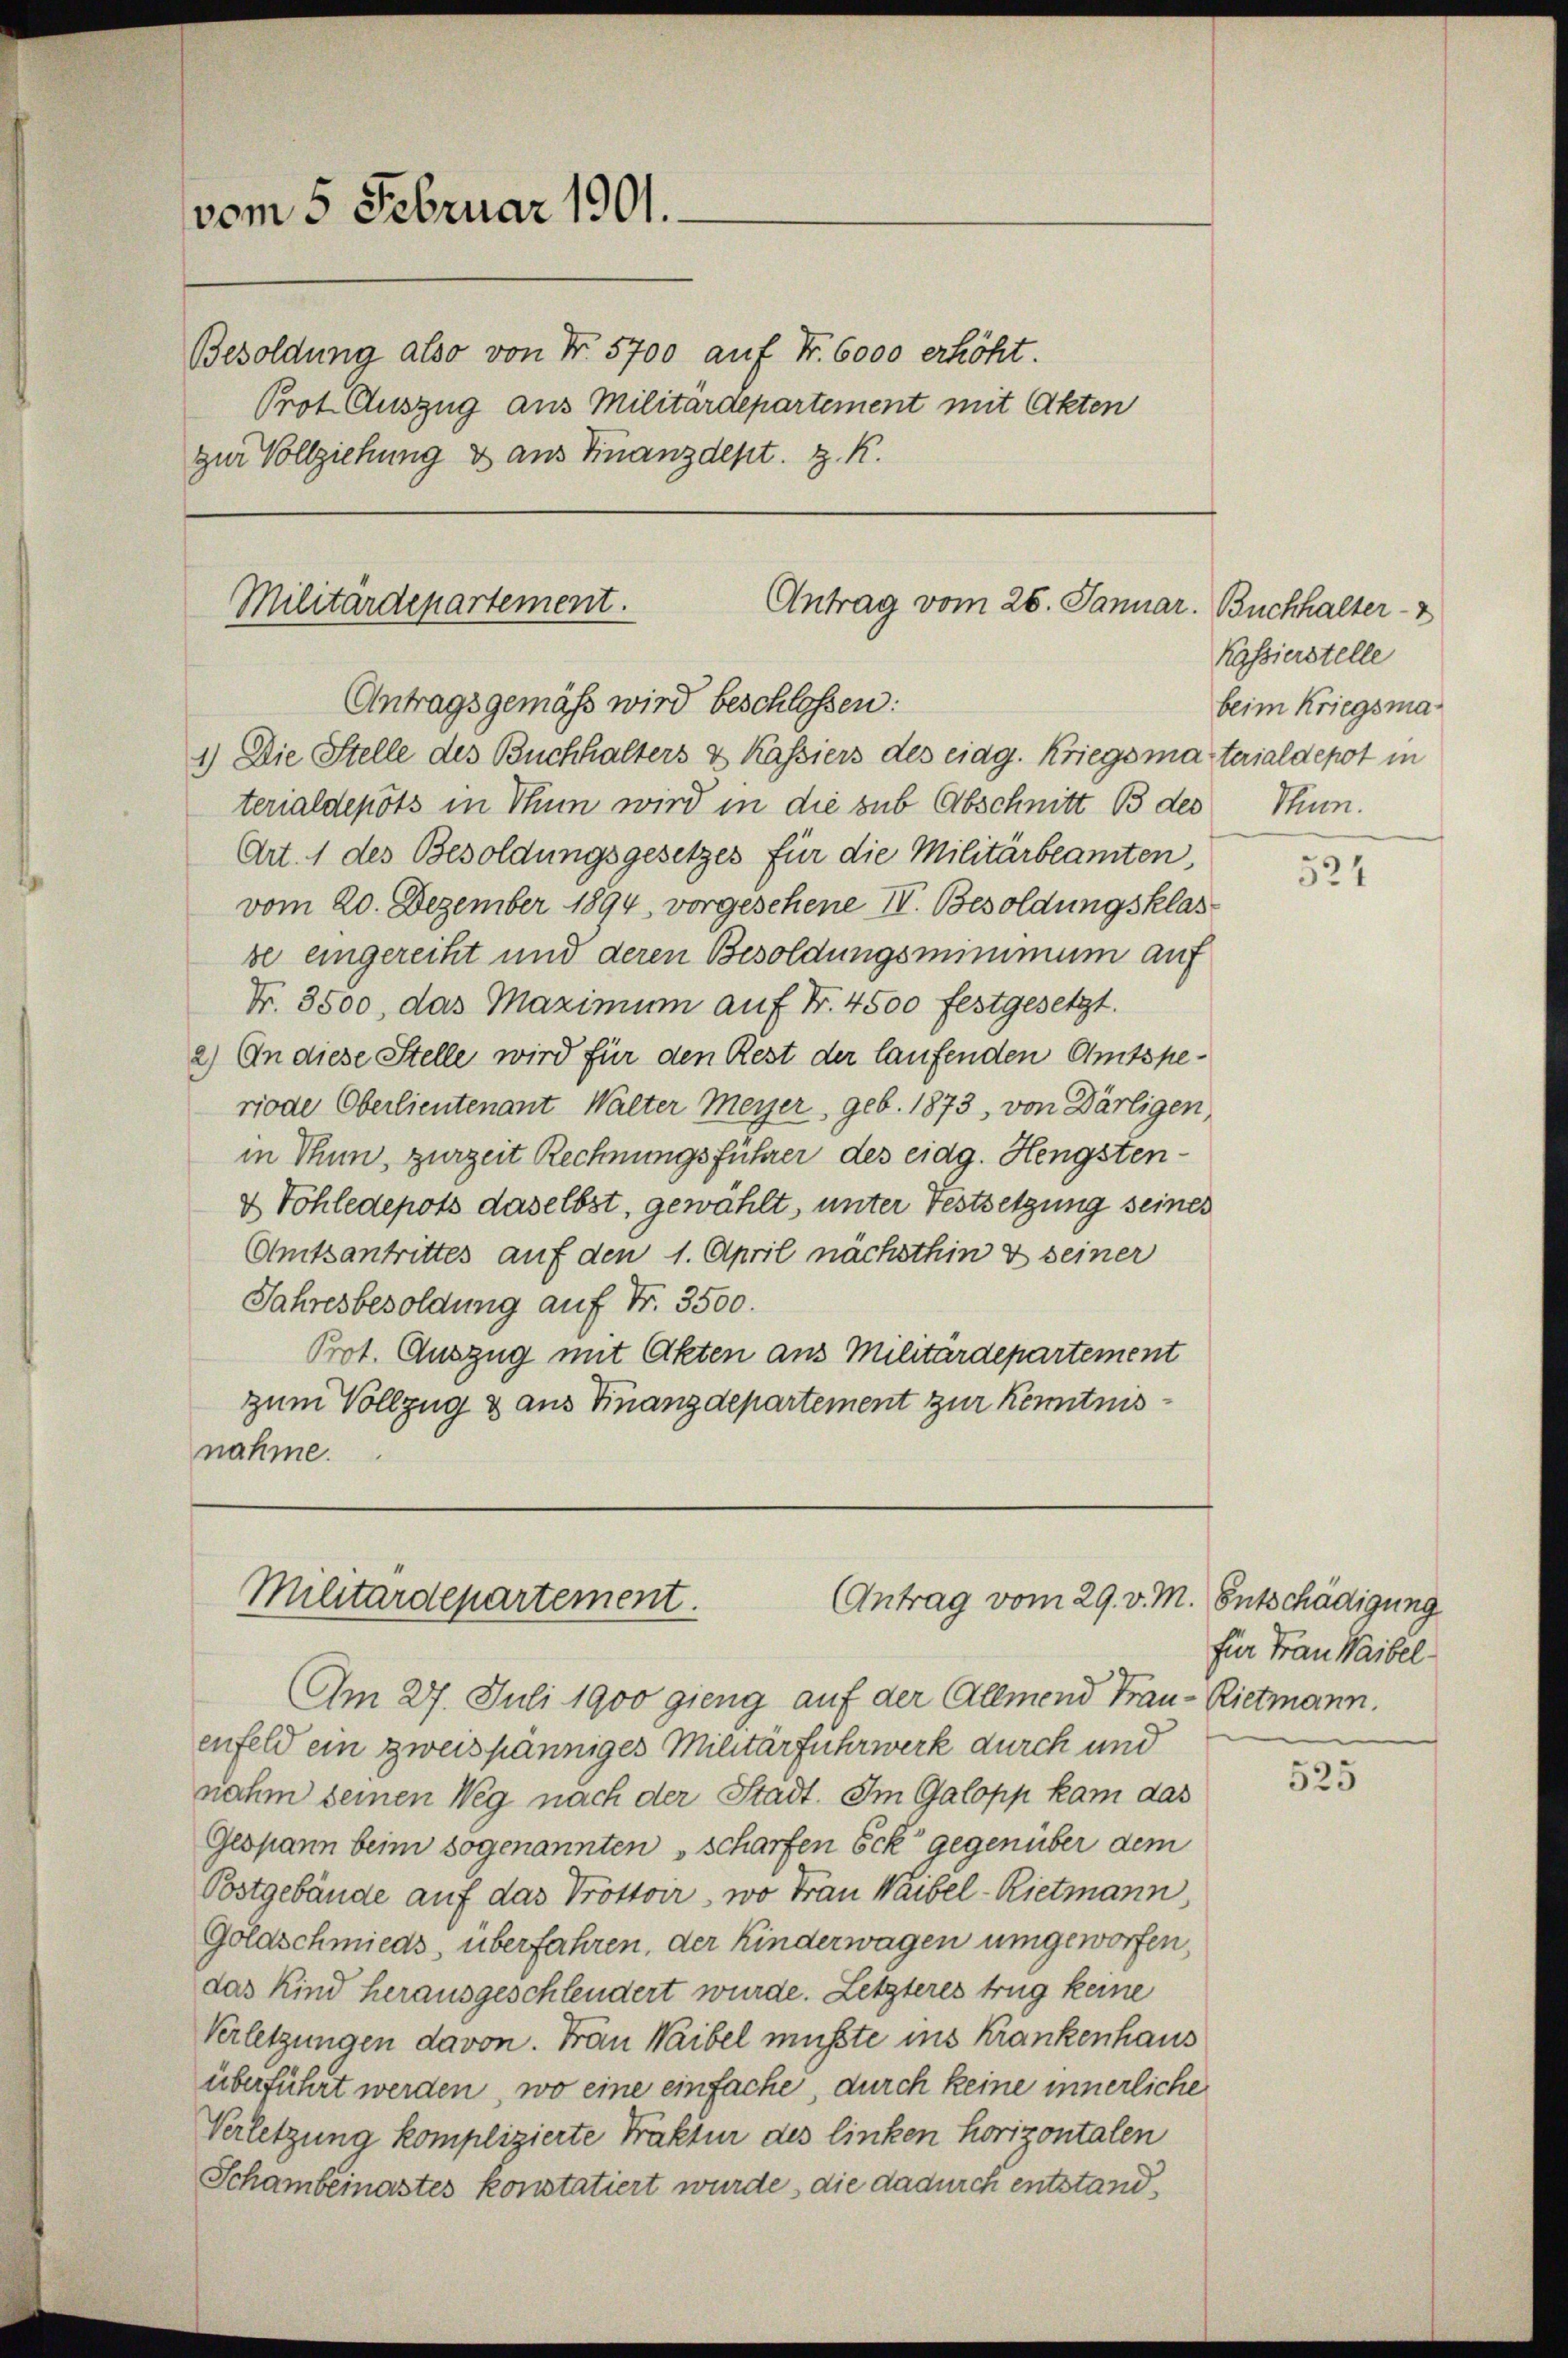
vom 5. Februar 1901.
Besoldung also von Nr. 5700 auf Fr. 6000 erhöht.
Prot. Auszug aus Militärdepartement mit Akten
zur Vollziehung & aus Finanzdept. z. K.

Militärdepartement.
Antrag vom 26. Januar. Buchhalter - 7
Antragsgemäß wird beschlossen:
1) Die Stelle des Buchhalters & Kassiers des eidg. Kriegsmaterialdepot in

Antrag vom 29. v. M.
Militärdepartement.

terialdepots in Thun wird in die sub Abschnitt 13 des
Art. 1 des Besoldungsgesetzes für die Militärbeamten
vom 20. Dezember 1894, vorgesehene IV. Besoldungsklas
se eingereiht und deren Besoldungsminimum auf
Nr. 3500, das Maximum auf Nr. 4500 festgesetzt.
2.) An diese Stelle wird für den Rest der laufenden Amtsperiode Oberlieutenant Walter Meyer, geb. 1873, von Därligen,
in Thun, zurzeit Rechnungsführer des eidg. Hengsten¬
& Sohledepots daselbst, gewählt, unter Festsetzung seines
Amtsantrittes auf den 1. April nächsthin & seiner
Jahresbesoldung auf Fr. 3500.
Prot. Auszug mit Akten aus Militärdepartement
zum Vollzug & aus Finanzdepartement zur Kenntnisnahme.

Am 27. Juli 1900 gieng auf der Allmend Trau-Rietmann.
enfeld ein zweispänniges Militärfuhrwerk durch und
nahm seinen Weg nach der Stadt. Im Galopp kam das
Gespann beim sogenannten scharfen Eck“ gegenüber dem
Postgebäude auf das Trottoir, wo Frau Waibel-Rietmann,
Golaschmieds, überfahren, der Kinderwagen umgeworfen,
das Kind herausgeschleudert wurde. Letzteres trug keine
Verletzungen davon. Frau Waibel mußte ins Krankenhaus
überführt werden, wo eine einfache, durch keine innerliche
Verletzung komplizierte Praktur des linken horizontalen
Schambeinastes konstatiert wurde, die dadurch entstand,

Kassierstelle
beim Kriegsma
Stumm.

524

Entschädigung
für Frau Waibel.

525